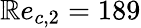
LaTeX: \mathbb{R}e_{c,2}=189